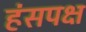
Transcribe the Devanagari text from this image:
हंसपक्ष